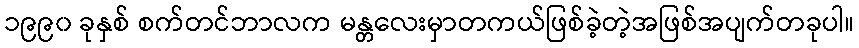
၁၉၉၀ ခုနှစ် စက်တင်ဘာလက မန္တလေးမှာတကယ်ဖြစ်ခဲ့တဲ့အဖြစ်အပျက်တခုပါ။